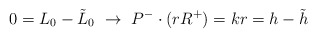
\begin{align*}0=L_0-\tilde L_0~\rightarrow~ P^-\cdot(rR^+)=kr=h-\tilde h\end{align*}